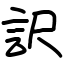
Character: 訳